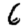
Digit: 6